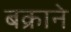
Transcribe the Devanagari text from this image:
बक्राने